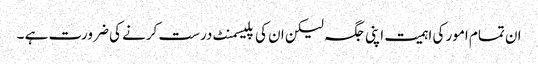
ان تمام امور کی اہمیت اپنی جگہ لیکن ان کی پلیسمنٹ درست کرنے کی ضرورت ہے ۔